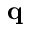
\mathbf q